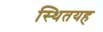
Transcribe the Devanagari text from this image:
स्थितयह